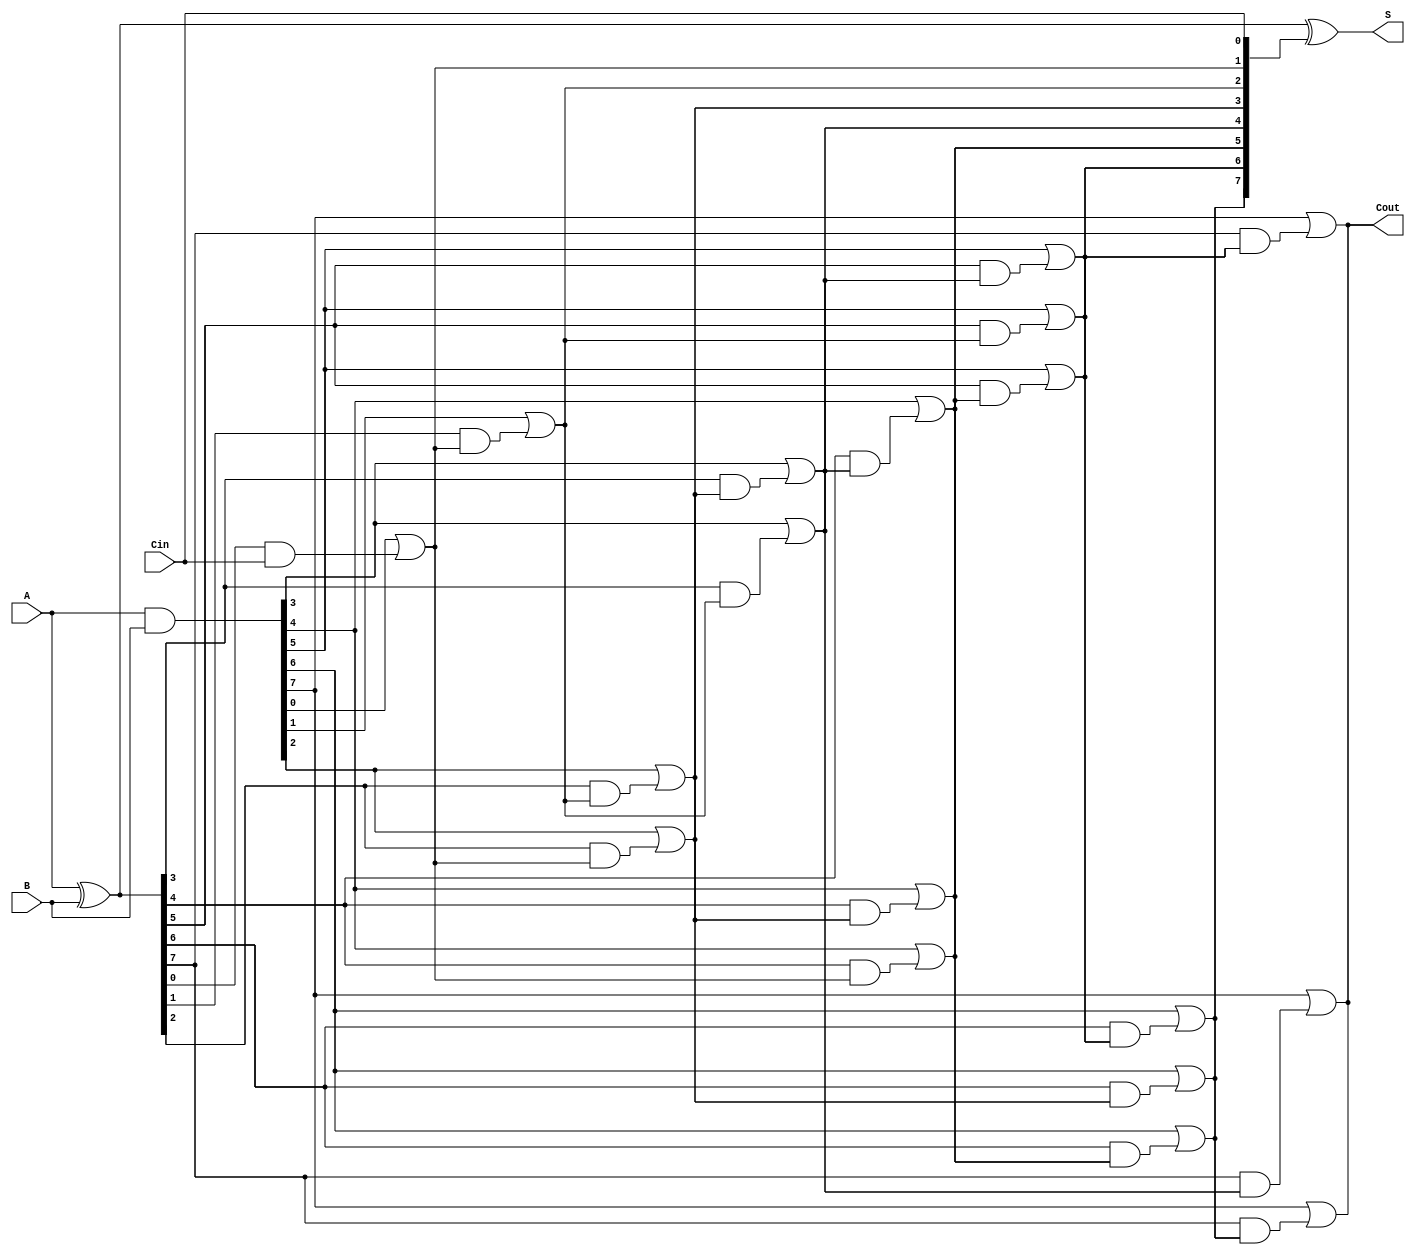
module KoggeStoneAdder #(parameter n = 8) (
    input [n-1:0] A,
    input [n-1:0] B,
    input Cin,
    output [n-1:0] S,
    output Cout
);

    // Generate and Propagate signals
    wire [n-1:0] P; // Propagate
    wire [n-1:0] G; // Generate
    wire [n:0] C;   // Carry signals

    // Initial Propagate and Generate calculations
    assign P = A ^ B; // P[i] = A[i] XOR B[i]
    assign G = A & B; // G[i] = A[i] AND B[i]

    // Carry signals initialization
    assign C[0] = Cin; // C[0] = Cin

    // Stage 0: Calculate carry signals
    genvar i;
    generate
        for (i = 0; i < n; i = i + 1) begin : stage0
            assign C[i + 1] = G[i] | (P[i] & C[i]);
        end
    endgenerate

    // Carry generation for subsequent stages
    // Kogge-Stone structure: log(n) stages
    genvar j, k;
    generate
        for (j = 1; j < n; j = j * 2) begin : stages
            for (k = 0; k < n; k = k + 1) begin : carry_gen
                if (k >= j) begin
                    assign C[k + 1] = G[k] | (P[k] & C[k - j + 1]);
                end
            end
        end
    endgenerate

    // Sum calculation
    assign S = P ^ C[n-1:0]; // S[i] = P[i] XOR C[i]

    // Carry out
    assign Cout = C[n];

endmodule